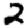
Digit: 2